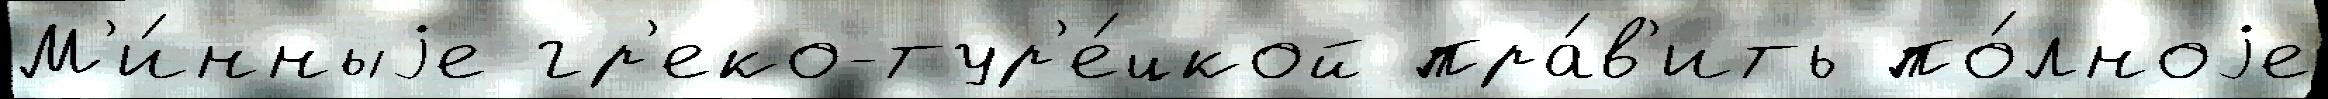
М'и́нныjе гр'еко-тур'е́цкой пра́в'ить по́лноjе